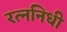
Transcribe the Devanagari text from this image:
रत्‍ननिधी